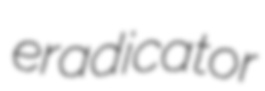
eradicator